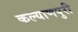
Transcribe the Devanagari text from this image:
कल्याणपुरी